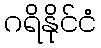
ဂရိနိုင်ငံ